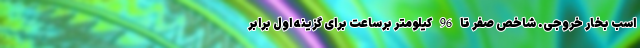
اسب بخار خروجی. شاخص صفر تا 96 کیلومتر برساعت برای گزینه اول برابر